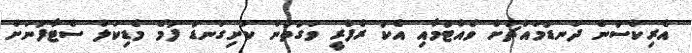
އެރިކްސަން ދަނޑުމައްޗަށް ވެއްޓުމާއި އެކު ރެފްރީ ވަގުތުން ކަށިގަނޑު ފުމެ މެޑިކަލް ސްޓާފުނަށް